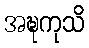
အဍ္ဎကုသိ